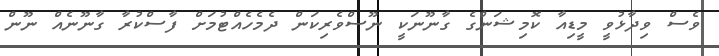
ވެސް ވިދާޅުވީ މީޑިއާ ކޮމިޝަންގެ ގާނޫނަކީ ނޫސްވެރިކަން ދެމެހެއްޓުމަށް ފާސްކުރާ ގާނޫނެއް ނޫން